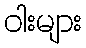
ဝါးများ